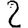
Digit: 2